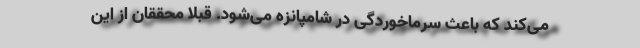
می‌کند که باعث سرماخوردگی در شامپانزه می‌شود. قبلا محققان از این